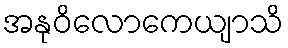
အနုဝိလောကေယျာသိ